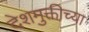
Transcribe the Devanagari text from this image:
देशमुक्तीच्या